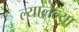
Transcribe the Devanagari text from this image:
ल्यालेल्या